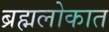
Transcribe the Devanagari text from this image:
ब्रह्मलोकात